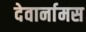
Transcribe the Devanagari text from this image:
देवार्नामस